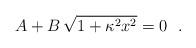
LaTeX: \begin{align*}A + B \, \sqrt{1+\kappa^2 x^2 }=0 \ \ . \end{align*}